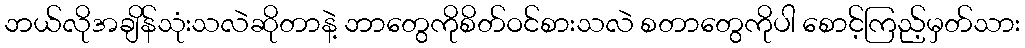
ဘယ်လိုအချိန်သုံးသလဲဆိုတာနဲ့ ဘာတွေကိုစိတ်ဝင်စားသလဲ စတာတွေကိုပါ စောင့်ကြည့်မှတ်သား